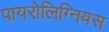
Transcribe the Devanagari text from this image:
पायरोलिग्नियस